Civil Veterinary Department. United Provinces 1932-42 - 1932-1942
Year: 1932
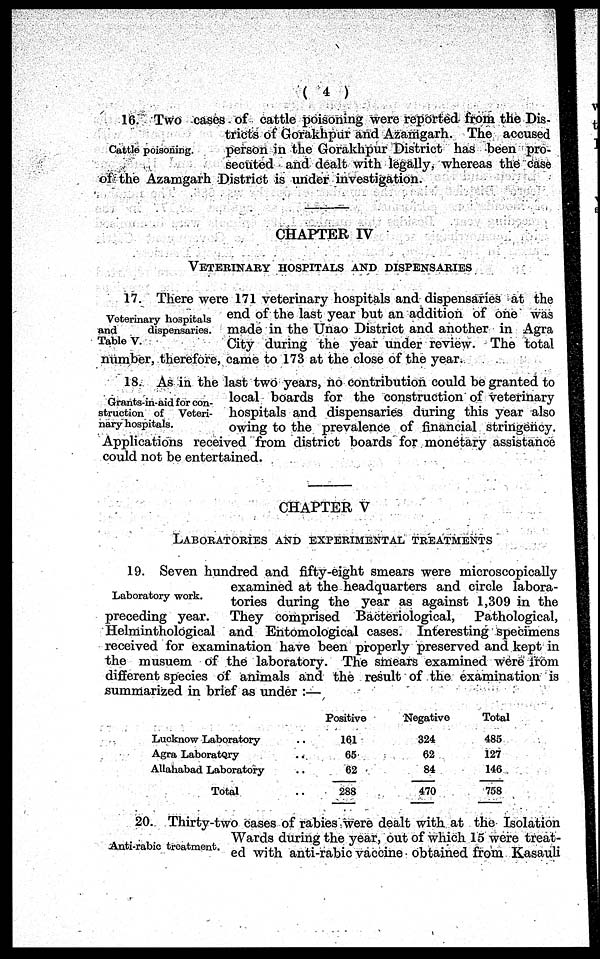
( 4 )
Cattle poisoning.
16. Two cases of cattle poisoning were reported from the Dis-
tricts of Gorakhpur and Azamgarh. The accused
person in the Gorakhpur District has been pro-
secuted and dealt with legally, whereas the case
of the Azamgarh District is under investigation.
CHAPTER IV
VETERINARY
HOSPITALS
AND
DISPENSARIES
Veterinary hospitals
and
dispensaries.
Table V.
17. There were 171 veterinary hospitals and dispensaries at the
end of the last year but an addition of one was
made in the Unao District and another in Agra
City during the year under review. The total
number, therefore, came to 173 at the close of the year.
Grants-in-aid for con-
struction of Veteri-
nary hospitals.
18. As in the last two years, no contribution could be granted to
local boards for the construction of veterinary
hospitals and dispensaries during this year also
owing to the prevalence of financial stringency.
Applications received from district boards for monetary assistance
could not be entertained.
CHAPTER V
LABORATORIES AND EXPERIMENTAL TREATMENTS
Laboratory work.
19. Seven hundred and fifty-eight smears were microscopically
examined at the headquarters and circle labora-
tories during the year as against 1,309 in the
preceding year.
They comprised Bacteriological,
Pathological,
Helminthological and Entomological cases. Interesting specimens
received for examination have been properly preserved and kept in
the musuem of the laboratory. The smears examined were from
different species of animals and the result of the examination is
summarized in brief as under :—
Lucknow Laboratory
Agra Laboratory
Allahabad Laboratory
Total
Positive
161
65
62
288
Negative
324
62
84
470
Total
485
127
146
758
Anti-rabic treatment.
20. Thirty-two cases of rabies were dealt with at the Isolation
Wards during the year, out of which 15 were treat-
ed with anti-rabic vaccine obtained from Kasauli